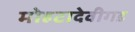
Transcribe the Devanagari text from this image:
मोहटादेवीगड